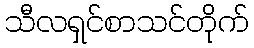
သီလရှင်စာသင်တိုက်